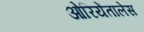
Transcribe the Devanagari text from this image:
ओरियेंतालेस